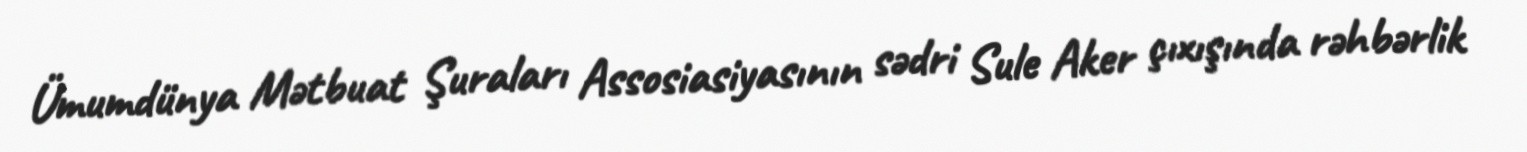
Ümumdünya Mətbuat Şuraları Assosiasiyasının sədri Sule Aker çıxışında rəhbərlik